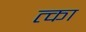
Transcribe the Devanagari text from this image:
त्का